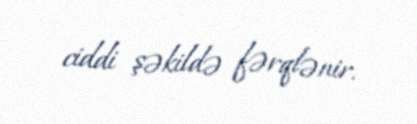
ciddi şəkildə fərqlənir.